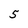
Character: 5